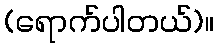
(ရောက်ပါတယ်)။